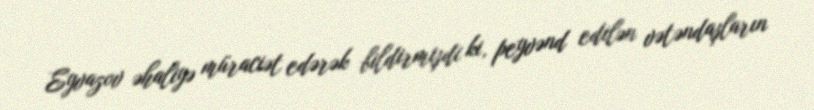
Eyvazov əhaliyə müraciət edərək bildirmişdi ki, peyvənd edilən vətəndaşların